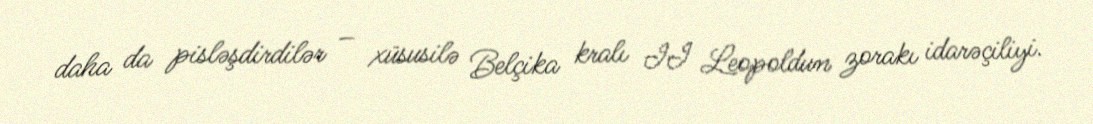
daha da pisləşdirdilər – xüsusilə Belçika kralı II Leopoldun zorakı idarəçiliyi.